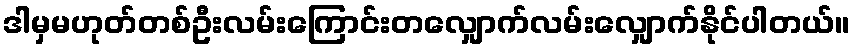
ဒါမှမဟုတ်တစ်ဦးလမ်းကြောင်းတလျှောက်လမ်းလျှောက်နိုင်ပါတယ်။